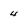
Character: 4